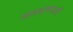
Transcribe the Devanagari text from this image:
जलडमरुओं